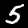
Label: 5